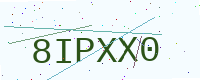
Text: 8IPXX0